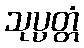
သုပ္ပတ္တံ